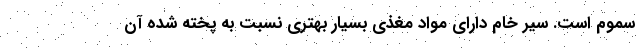
سموم است. سیر خام دارای مواد مغذی بسیار بهتری نسبت به پخته شده آن